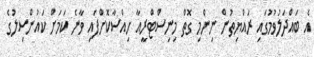
އެ ބައްދަލުވުމުގައި ރައްޔިތުން ނިންމި ގޮތް މިނިސްޓްރީއާ ހިއްސާކޮށްފައި ވާނެ ކަމަށް ކައުންސިލުގެ